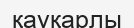
қауқарлы